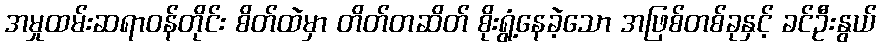
အမှုထမ်းဆရာဝန်တိုင်း စိတ်ထဲမှာ တိတ်တဆိတ် စိုးရွံ့နေခဲ့သော အဖြစ်တစ်ခုနှင့် ခင်ဦးနွယ်